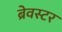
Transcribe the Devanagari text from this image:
ब्रेवस्टर